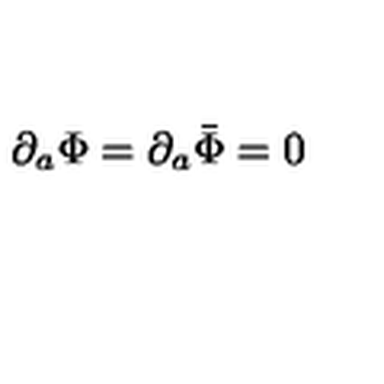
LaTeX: \partial _ { a } \Phi = \partial _ { a } \bar { \Phi } = 0